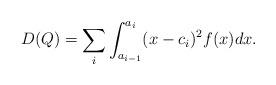
LaTeX: \begin{align*}D(Q)=\sum_i \int_{a_{i-1}}^{a_i} (x-c_i)^2 f(x)dx. \end{align*}